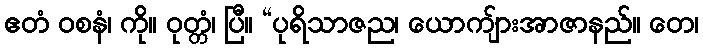
ဧတံ ဝစနံ၊ ကို။ ဝုတ္တံ၊ ပြီ။ “ပုရိသာဇည၊ ယောကျ်ားအာဇာနည်။ တေ၊